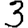
Digit: 3